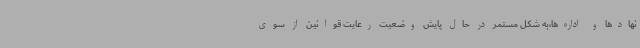
نهادها و اداره‌ها،به شکل مستمر در حال پایش وضعیت رعایت قوانین از سوی